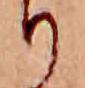
り